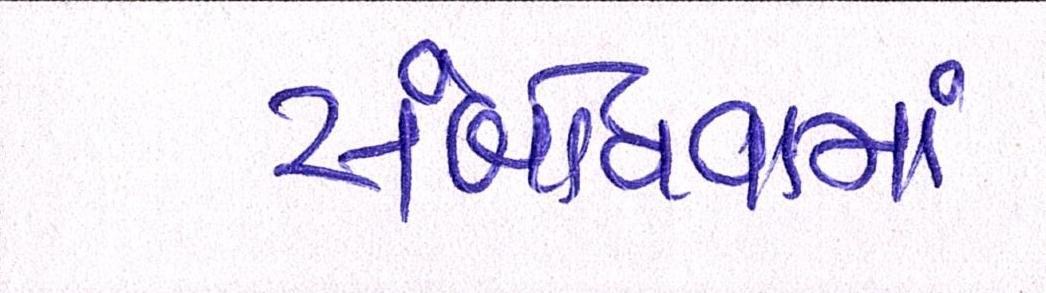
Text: સંબોધવામાં